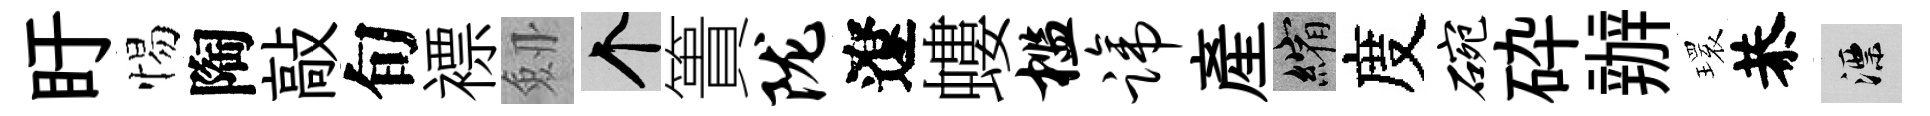
盱惕陶敲旬褾劔个簣陇遼螻槛蹄産縮度碗砕辦𤨔恭漂